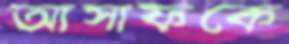
আসাফকে